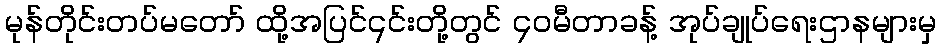
မုန်တိုင်းတပ်မတော် ထို့အပြင်၎င်းတို့တွင် ၄၀မီတာခန့် အုပ်ချုပ်ရေးဌာနများမှ